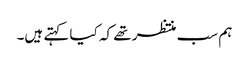
ہم سب منتظر تھے کہ کیا کہتے ہیں۔